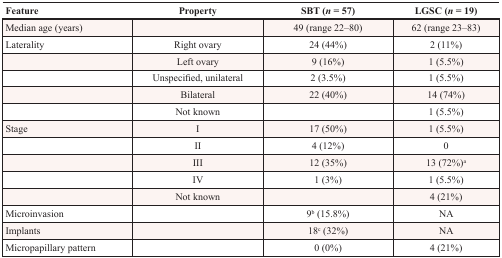
| Feature | Property | SBT (n = 57) | LGSC (n = 19) |
 | --- | --- | --- | --- |
 | Median age (years) |  | 49 (range 22–80) | 62 (range 23–83) |
 | Laterality | Right ovary | 24 (44%) | 2 (11%) |
 |  | Left ovary | 9 (16%) | 1 (5.5%) |
 |  | Unspecified, unilateral | 2 (3.5%) | 1 (5.5%) |
 |  | Bilateral | 22 (40%) | 14 (74%) |
 |  | Not known |  | 1 (5.5%) |
 | Stage | I | 17 (50%) | 1 (5.5%) |
 |  | II | 4 (12%) | 0 |
 |  | III | 12 (35%) | 13 (72%)a |
 |  | IV | 1 (3%) | 1 (5.5%) |
 |  | Not known |  | 4 (21%) |
 | Microinvasion |  | 9b (15.8%) | NA |
 | Implants |  | 18c (32%) | NA |
 | Micropapillary pattern |  | 0 (0%) | 4 (21%) |